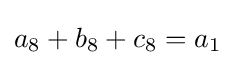
a_{8}+b_{8}+c_{8}=a_{1}